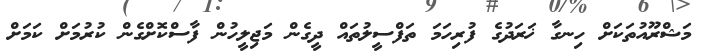
މަޝްރޫއުތަކަށް ހިނގާ ޚަރަދުގެ ފުރިހަމަ ތަފްސީލުތައް ދީގެން މަޖިލީހުން ފާސްކޮށްގެން ކުރުމަށް ކަމަށް